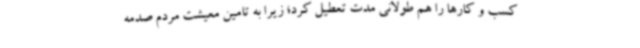
کسب و کارها را هم طولانی مدت تعطیل کرد؛ زیرا به تامین معیشت مردم صدمه